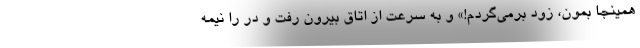
همینجا بمون، زود برمی‌گردم!» و به سرعت از اتاق بیرون رفت و در را نیمه